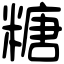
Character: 糖